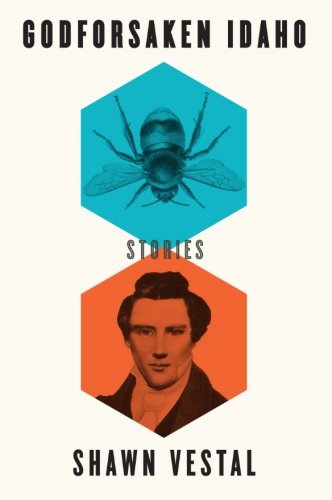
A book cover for Godforsaken Idaho; Shawn Vestal; Religion & Spirituality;